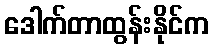
ဒေါက်တာထွန်းနိုင်က